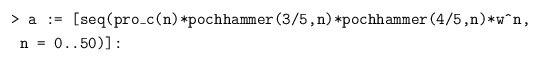
\begin{align*}&\texttt{> a := [seq(pro\_c(n)*pochhammer(3/5,n)*pochhammer(4/5,n)*w\^{}n,}\\& \texttt{ n = 0..50)]:}\end{align*}